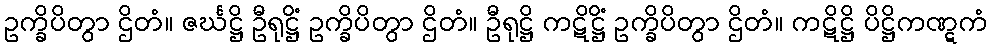
ဥက္ခိပိတွာ ဌိတံ။ ဇင်္ဃဋ္ဌိ ဦရုဋ္ဌိံ ဥက္ခိပိတွာ ဌိတံ။ ဦရုဋ္ဌိ ကဋိဋ္ဌိံ ဥက္ခိပိတွာ ဌိတံ။ ကဋိဋ္ဌိ ပိဋ္ဌိကဏ္ဋကံ